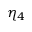
\eta _ { 4 }